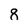
Character: 8